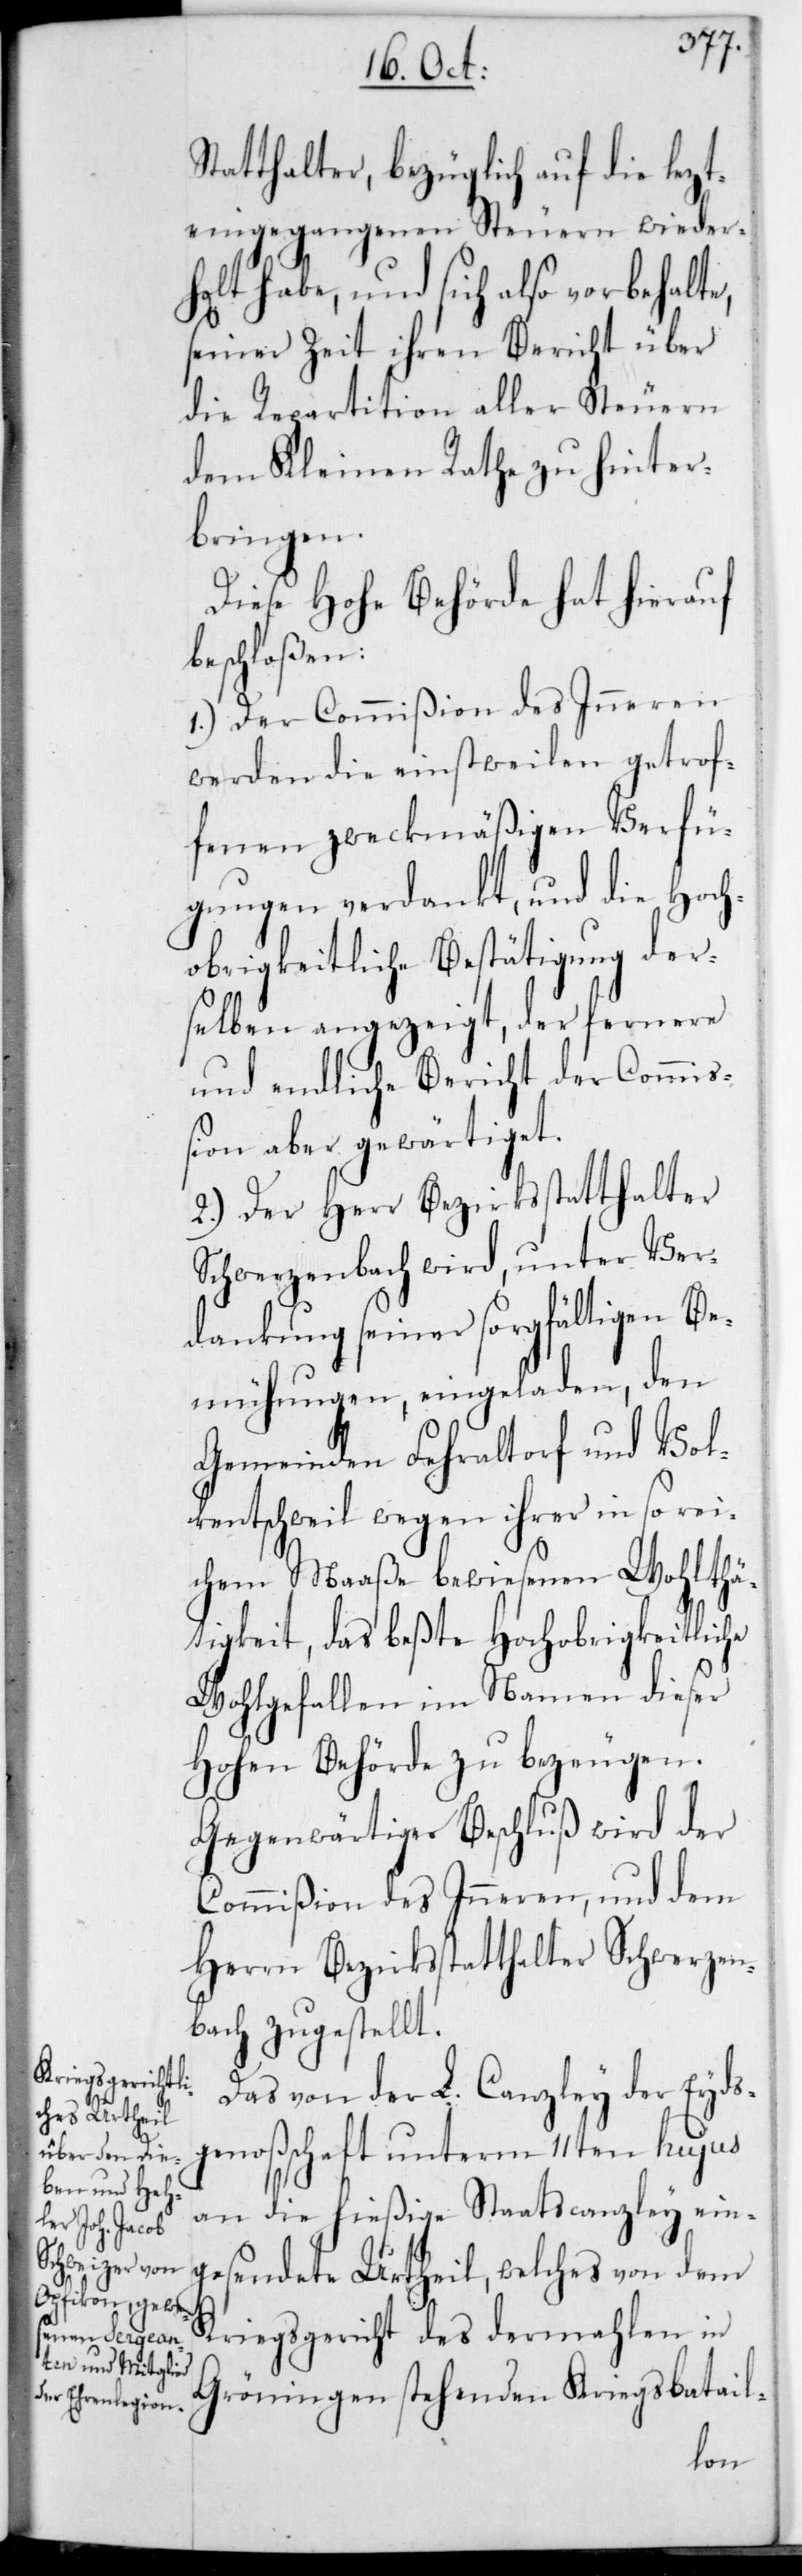
Statthalter, bezüglich auf die lezt¬
eingegangenen Steuern wieder¬
holt habe, und sich also vorbehalte,
seiner Zeit ihren Bericht über
die Repartition aller Steuern
dem Kleinen Rathe zu hinter¬
bringen.
Diese Hohe Behörde hat hierauf
beschloßen:
1.) Der Commißion des Inneren
werden die einstweilen getrof¬
fenen zweckmäßigen Verfü¬
gungen verdankt, und die Hoch¬
obrigkeitliche Bestätigung der¬
selben angezeigt, der fernere
und endliche Bericht der Commi¬
ßion aber gewärtiget.
2.) Der Herr Bezirksstatthalter
Schwerzenbach wird unter Ver¬
dankung seiner sorgfältigen Be¬
mühungen, eingeladen, den
Gemeinden Fehraltorf und Vol¬
kentschweil wegen ihrer in so rei¬
chem Maaße bewiesenen Wohlthä¬
tigkeit, das beßte Hochobrigkeitliche
Wohlgefallen im Namen dieser
Hohen Behörde zu bezeugen.
Gegenwärtiger Beschluß wird der
Commißion des Inneren, und dem
Herrn Bezirksstatthalter Schwerzen¬
bach zugestellt.
Das von der L. Canzley der Eyds¬
genoßenschaft unterm 11ten hujus
an die hießige Staatscanzley ein¬
gesendete Urtheil, welches von dem
Kriegsgericht des dermahlen in
Gröningen stehenden Kriegsbatail-